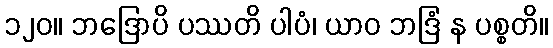
၁၂၀။ ဘဒြောပိ ပဿတိ ပါပံ၊ ယာဝ ဘဒြံ န ပစ္စတိ။